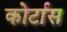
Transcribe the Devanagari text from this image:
कोर्टास